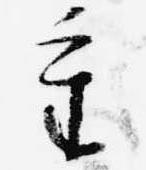
重